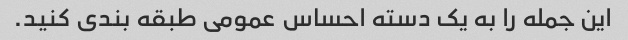
این جمله را به یک دسته احساس عمومی طبقه بندی کنید.